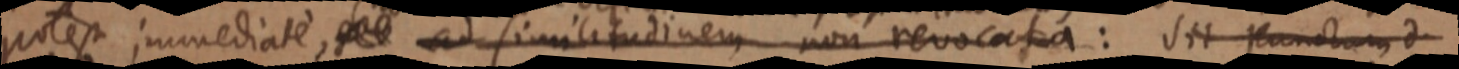
potest immediate, _ ad similitudinem non revocata: Sit punctum d.